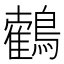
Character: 𪆉